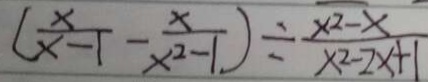
( \frac { x } { x - 1 } - \frac { x } { x ^ { 2 } - 1 } ) \div \frac { x ^ { 2 } - x } { x ^ { 2 } - 2 x + 1 }